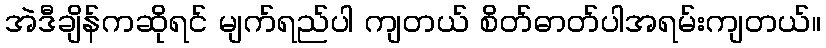
အဲဒီချိန်ကဆိုရင် မျက်ရည်ပါ ကျတယ် စိတ်ဓာတ်ပါအရမ်းကျတယ်။